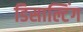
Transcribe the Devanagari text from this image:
डिसाल्टिंग